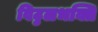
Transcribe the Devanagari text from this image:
विट्ठलभक्ति